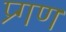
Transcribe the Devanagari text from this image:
प्र्गण